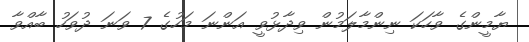
ޔާމީންގެ ވާހަކަ ނިންމާލަމުން ވިދާޅުވީ އަންނަ މަހުގެ 7 ވަނަ ދުވަހު ބާއްވާ